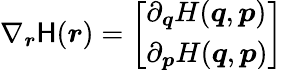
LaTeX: \nabla_{\boldsymbol{r}}\mathsf{H}({\boldsymbol{r}})={\left[\begin{array}{l}{\partial_{\boldsymbol{q}}H({\boldsymbol{q}},{\boldsymbol{p}})}\\ {\partial_{\boldsymbol{p}}H({\boldsymbol{q}},{\boldsymbol{p}})}\end{array}\right]}